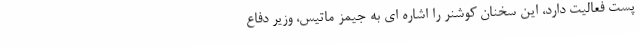
پست فعالیت دارد، این سخنان کوشنر را اشاره ای به جیمز ماتیس، وزیر دفاع